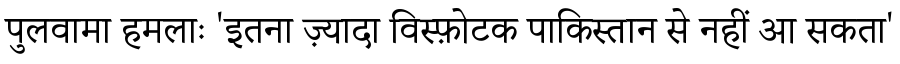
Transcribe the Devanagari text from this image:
पुलवामा हमलाः 'इतना ज़्यादा विस्फ़ोटक पाकिस्तान से नहीं आ सकता'